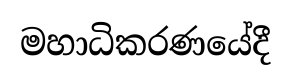
මහාධිකරණයේදී